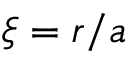
\xi = r / a